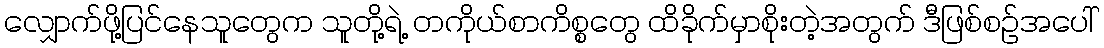
လျှောက်ဖို့ပြင်နေသူတွေက သူတို့ရဲ့ တကိုယ်စာကိစ္စတွေ ထိခိုက်မှာစိုးတဲ့အတွက် ဒီဖြစ်စဉ်အပေါ်